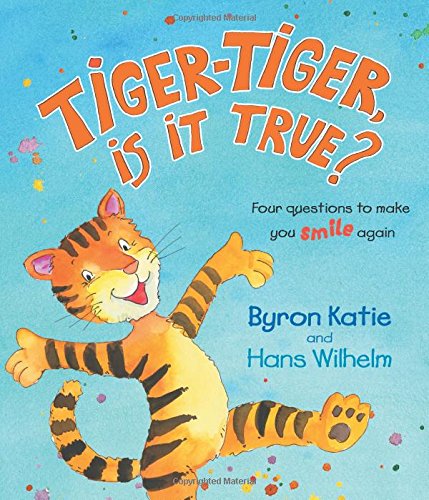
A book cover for Tiger-Tiger, Is It True?: Four Questions to Make You Smile Again; Byron Katie; Children's Books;